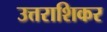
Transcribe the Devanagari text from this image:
उत्तराशिकर